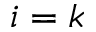
i = k